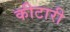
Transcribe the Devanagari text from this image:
कीटारी